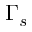
\Gamma _ { s }